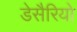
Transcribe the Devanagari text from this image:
डेसैरियो